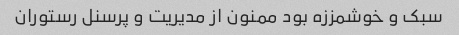
سبک و خوشمززه بود ممنون از مدیریت و پرسنل رستوران